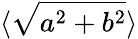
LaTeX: \langle\sqrt{a^{2}+b^{2}}\rangle